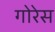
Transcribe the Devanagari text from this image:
गोरेस